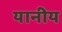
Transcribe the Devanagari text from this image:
यानीय